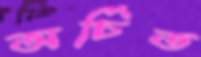
অর্চিত